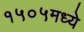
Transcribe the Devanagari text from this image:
१५०५मध्ये